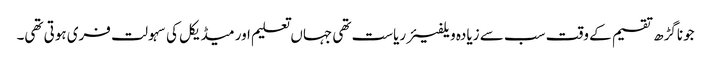
جوناگڑھ تقسیم کے وقت سب سے زیادہ ویلفیئر ریاست تھی جہاں تعلیم اور میڈیکل کی سہولت فری ہوتی تھی۔